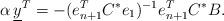
LaTeX: \begin{align*}\alpha\,\underline{y}^{T}=-(e_{n+1}^{T}C^{*}e_{1})^{-1}e_{n+1}^{T}C^{*}B.\end{align*}